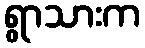
ရွာသားက